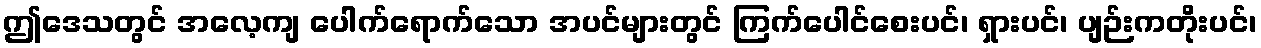
ဤဒေသတွင် အလေ့ကျ ပေါက်ရောက်သော အပင်များတွင် ကြက်ပေါင်စေးပင်၊ ရှားပင်၊ ပျဉ်းကတိုးပင်၊